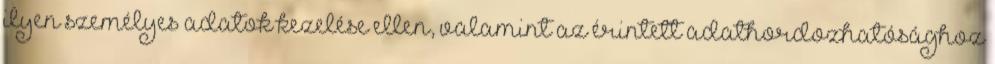
ilyen személyes adatok kezelése ellen, valamint az érintett adathordozhatósághoz